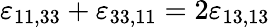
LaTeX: \varepsilon_{11,33}+\varepsilon_{33,11}=2\varepsilon_{13,13}